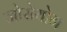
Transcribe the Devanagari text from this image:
जोसेयोन